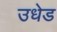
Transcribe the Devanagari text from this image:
उधेड